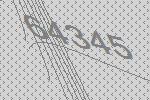
64345